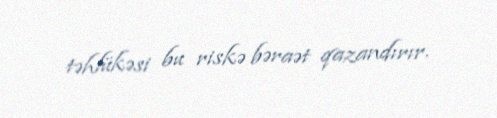
təhlükəsi bu riskə bəraət qazandırır.